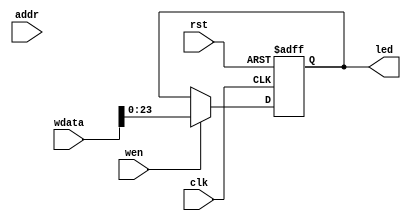
`timescale 1ns / 1ps

module LED (
    input wire clk,
    input wire rst,
    input wire [11:0] addr,
    input wire wen,
    input wire [31:0] wdata,
    output reg [23:0] led
);

always @ (posedge clk or posedge rst) begin
    if (rst)
        led <= 24'h000000;
    else if (wen)
        led <= wdata[23:0];
end

endmodule